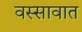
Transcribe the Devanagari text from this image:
वस्सावात